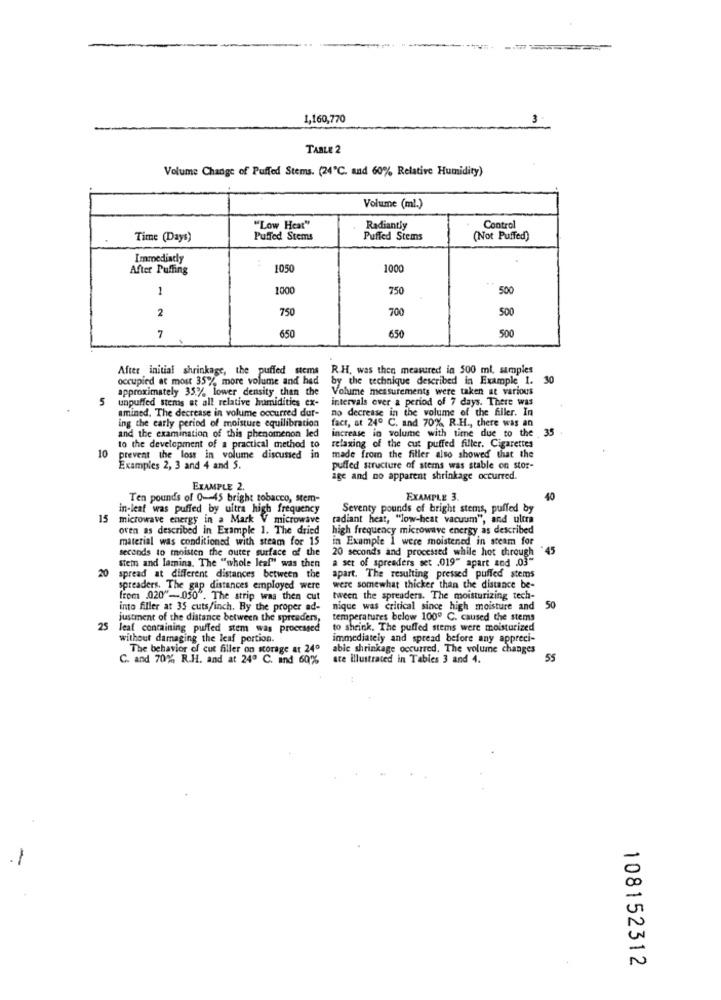
1,160,770
3
TABLE 2
Volume Change of Puffed Stems. (24℃. and 60% Relative Humidity)
Volume (ml.)
"Low Heat"
Radiantly
Control
Time (Days)
Puffed Stems
Puffed Stems
(Not Puffed)
Immediacy
After Puffing
1050
1000
1
1000
750
500
2
750
700
500
500
7
650
650
After initial shrinkage, the puffed stems
R.H. was then measured in 500 ml. samples
occupied at most 35% more volume and had
by the technique described in Example 1.
30
approximately 35% lower density than the
Volume measurements were taken at various
5
unpuffed stems at all relative humidities ex-
intervals over a period of 7 days. There was
amined. The decrease in volume occurred dur-
no decrease in the volume of the filler. In
fact, at 24º C. and 70% R.H ., there was an
and the examination of this phenomenon led
ing the carly period of moisture equilibration
increase in volume with time due to the 35
relaxing of the cut puffed filler. Cigarettes
10
to the development of a practical method to
prevent the loss in volume discussed in
made from the filler also showed that the
Examples 2, 3 and 4 and S.
puffed structure of stems was stable on stor-
age and no apparent shrinkage occurred.
EXAMPLE 2.
Ten pounds of 0-45 bright tobacco, stem-
EXAMPLE 3.
40
in-leaf was puffed by ultra high frequency
Seventy pounds of bright stems, puffed by
15
microwave energy in a Mark V microwave
radiant heat, "low-heat vacuum", and ultra
oven as described in Example 1. The dried
high frequency microwave energy as described
material was conditioned with steam for 15
in Example 1 were moistened in steam for
seconds to moisten the outer surface of the
20 seconds and processed while hot through
*45
a set of spreaders set .019" apart and .03"
20
Stem and lamina. The "whole leaf" was then
spread at different distances between the
apart. The resulting pressed puffed stems
spreaders. The gap distances employed were
were somewhat thicker than the distance be-
from _020"-050". The strip was then cut
tween the spreaders. The moisturizing tech-
into filler at 35 cuts/inch. By the proper ad-
nique was critical since high moisture and
justment of the distance between the spreaders,
temperatures below 100º C. caused the stems
25
leaf containing puffed stem was processed
to shrink. The puffed stems were moisturized
without damaging the leaf portion.
immediately and spread before any appreci-
The behavior of cut filler on storage at 240
able shrinkage occurred. The volume changes
C. and 70% R.H. and at 24º C. and 60%
ate illustrated in Tables 3 and 4.
55
-
N
108152312